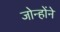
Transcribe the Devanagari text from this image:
जोन्होंने